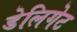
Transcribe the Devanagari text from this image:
डेलिगेट